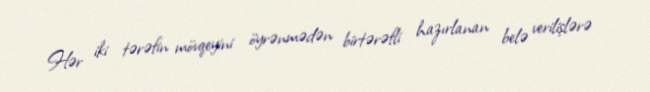
Hər iki tərəfin mövqeyini öyrənmədən birtərəfli hazırlanan belə verilişlərə